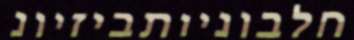
חלבוניותביזיונ